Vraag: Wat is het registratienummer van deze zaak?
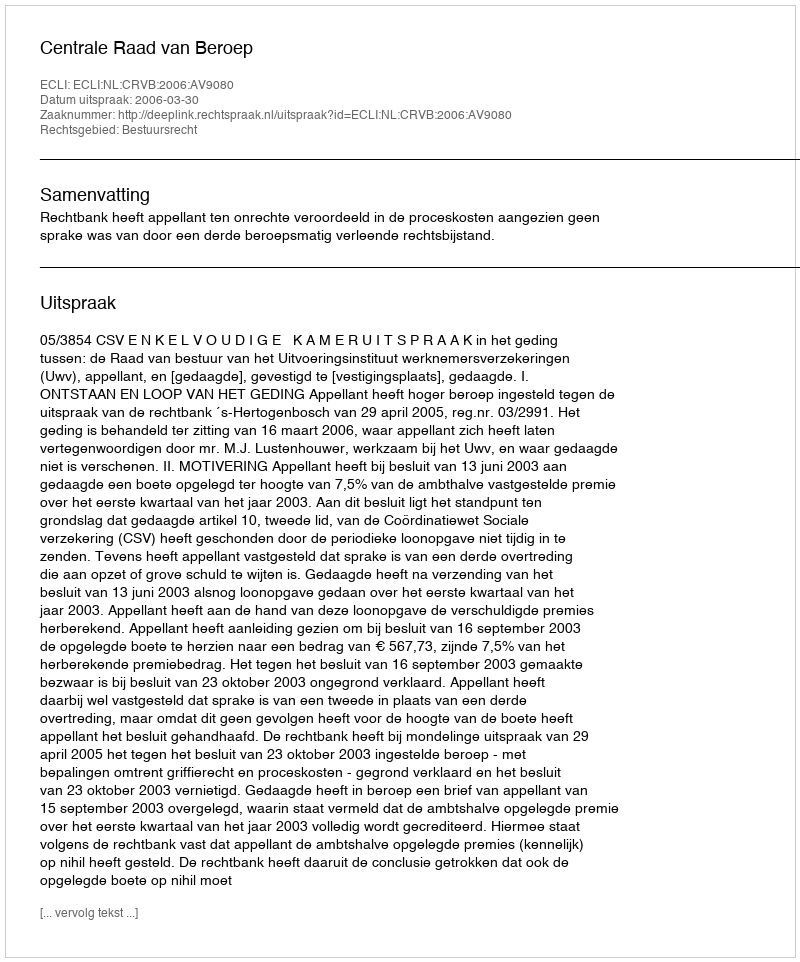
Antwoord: http://deeplink.rechtspraak.nl/uitspraak?id=ECLI:NL:CRVB:2006:AV9080